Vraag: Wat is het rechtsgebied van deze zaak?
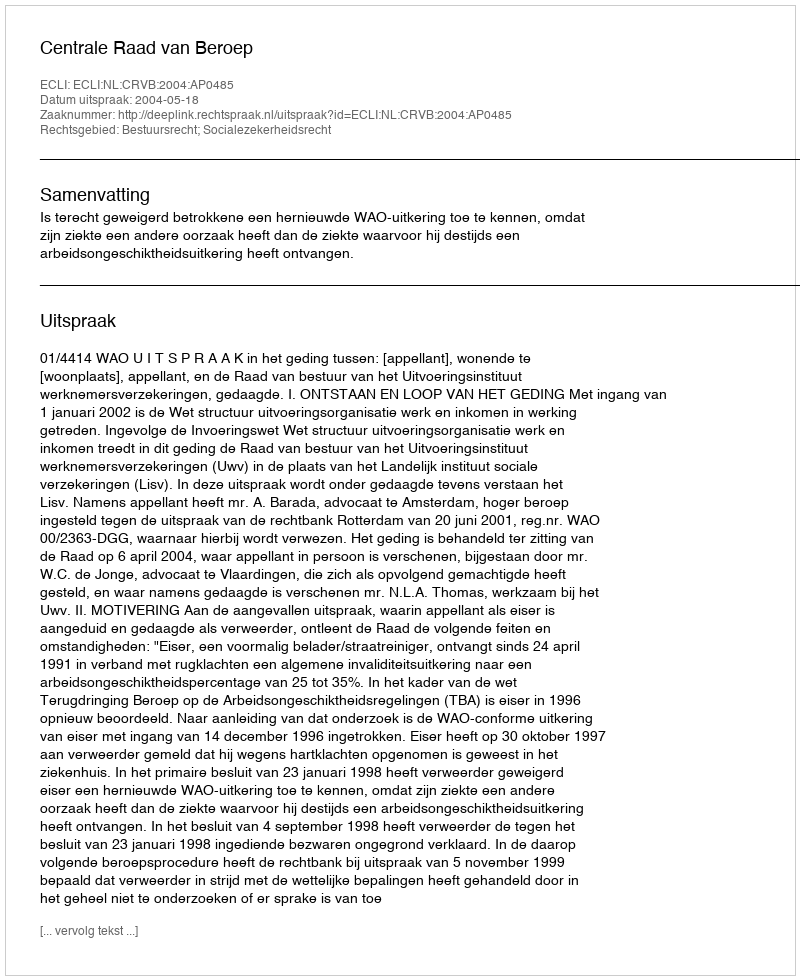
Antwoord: Bestuursrecht; Socialezekerheidsrecht